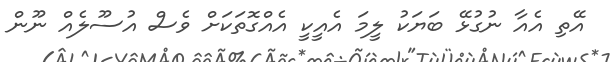
އޭތި އެއާ ނުގުޅޭ ބަޔަކު ލީމަ އެއީކީ އެއްގޮތަކަށް ވެސް އުސޫލެއް ނޫން